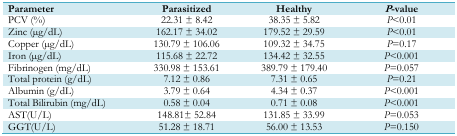
<table><thead><tr><td><b>Parameter</b></td><td><b>Parasitized</b></td><td><b>Healthy</b></td><td><b><i>P</i>-value</b></td></tr></thead><tbody><tr><td>PCV (%)</td><td>22.31 ± 8.42</td><td>38.35 ± 5.82</td><td><i>P</i>&lt;0.01</td></tr><tr><td>Zinc (μg/dL)</td><td>162.17 ± 34.02</td><td>179.52 ± 29.59</td><td><i>P</i>&lt;0.01</td></tr><tr><td>Copper (μg/dL)</td><td>130.79 ± 106.06</td><td>109.32 ± 34.75</td><td><i>P</i>=0.17</td></tr><tr><td>Iron (μg/dL)</td><td>115.68 ± 22.72</td><td>134.42 ± 32.55</td><td><i>P</i>&lt;0.001</td></tr><tr><td>Fibrinogen (mg/dL)</td><td>330.98 ± 153.61</td><td>389.79 ± 179.40</td><td><i>P</i>=0.057</td></tr><tr><td>Total protein (g/dL)</td><td>7.12 ± 0.86</td><td>7.31 ± 0.65</td><td><i>P</i>=0.21</td></tr><tr><td>Albumin (g/dL)</td><td>3.79 ± 0.64</td><td>4.34 ± 0.37</td><td><i>P</i>&lt;0.001</td></tr><tr><td>Total Bilirubin (mg/dL)</td><td>0.58 ± 0.04</td><td>0.71 ± 0.08</td><td><i>P</i>&lt;0.001</td></tr><tr><td>AST(U/L)</td><td>148.81± 52.84</td><td>131.85 ± 33.99</td><td><i>P</i>=0.053</td></tr><tr><td>GGT(U/L)</td><td>51.28 ± 18.71</td><td>56.00 ± 13.53</td><td><i>P</i>=0.150</td></tr></tbody></table>